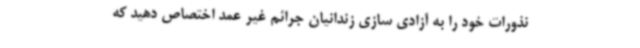
نذورات خود را به آزادی سازی زندانیان جرائم غیر عمد اختصاص دهید که